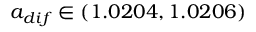
a _ { d i f } \in ( 1 . 0 2 0 4 , 1 . 0 2 0 6 )